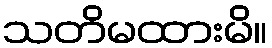
သတိမထားမိ။